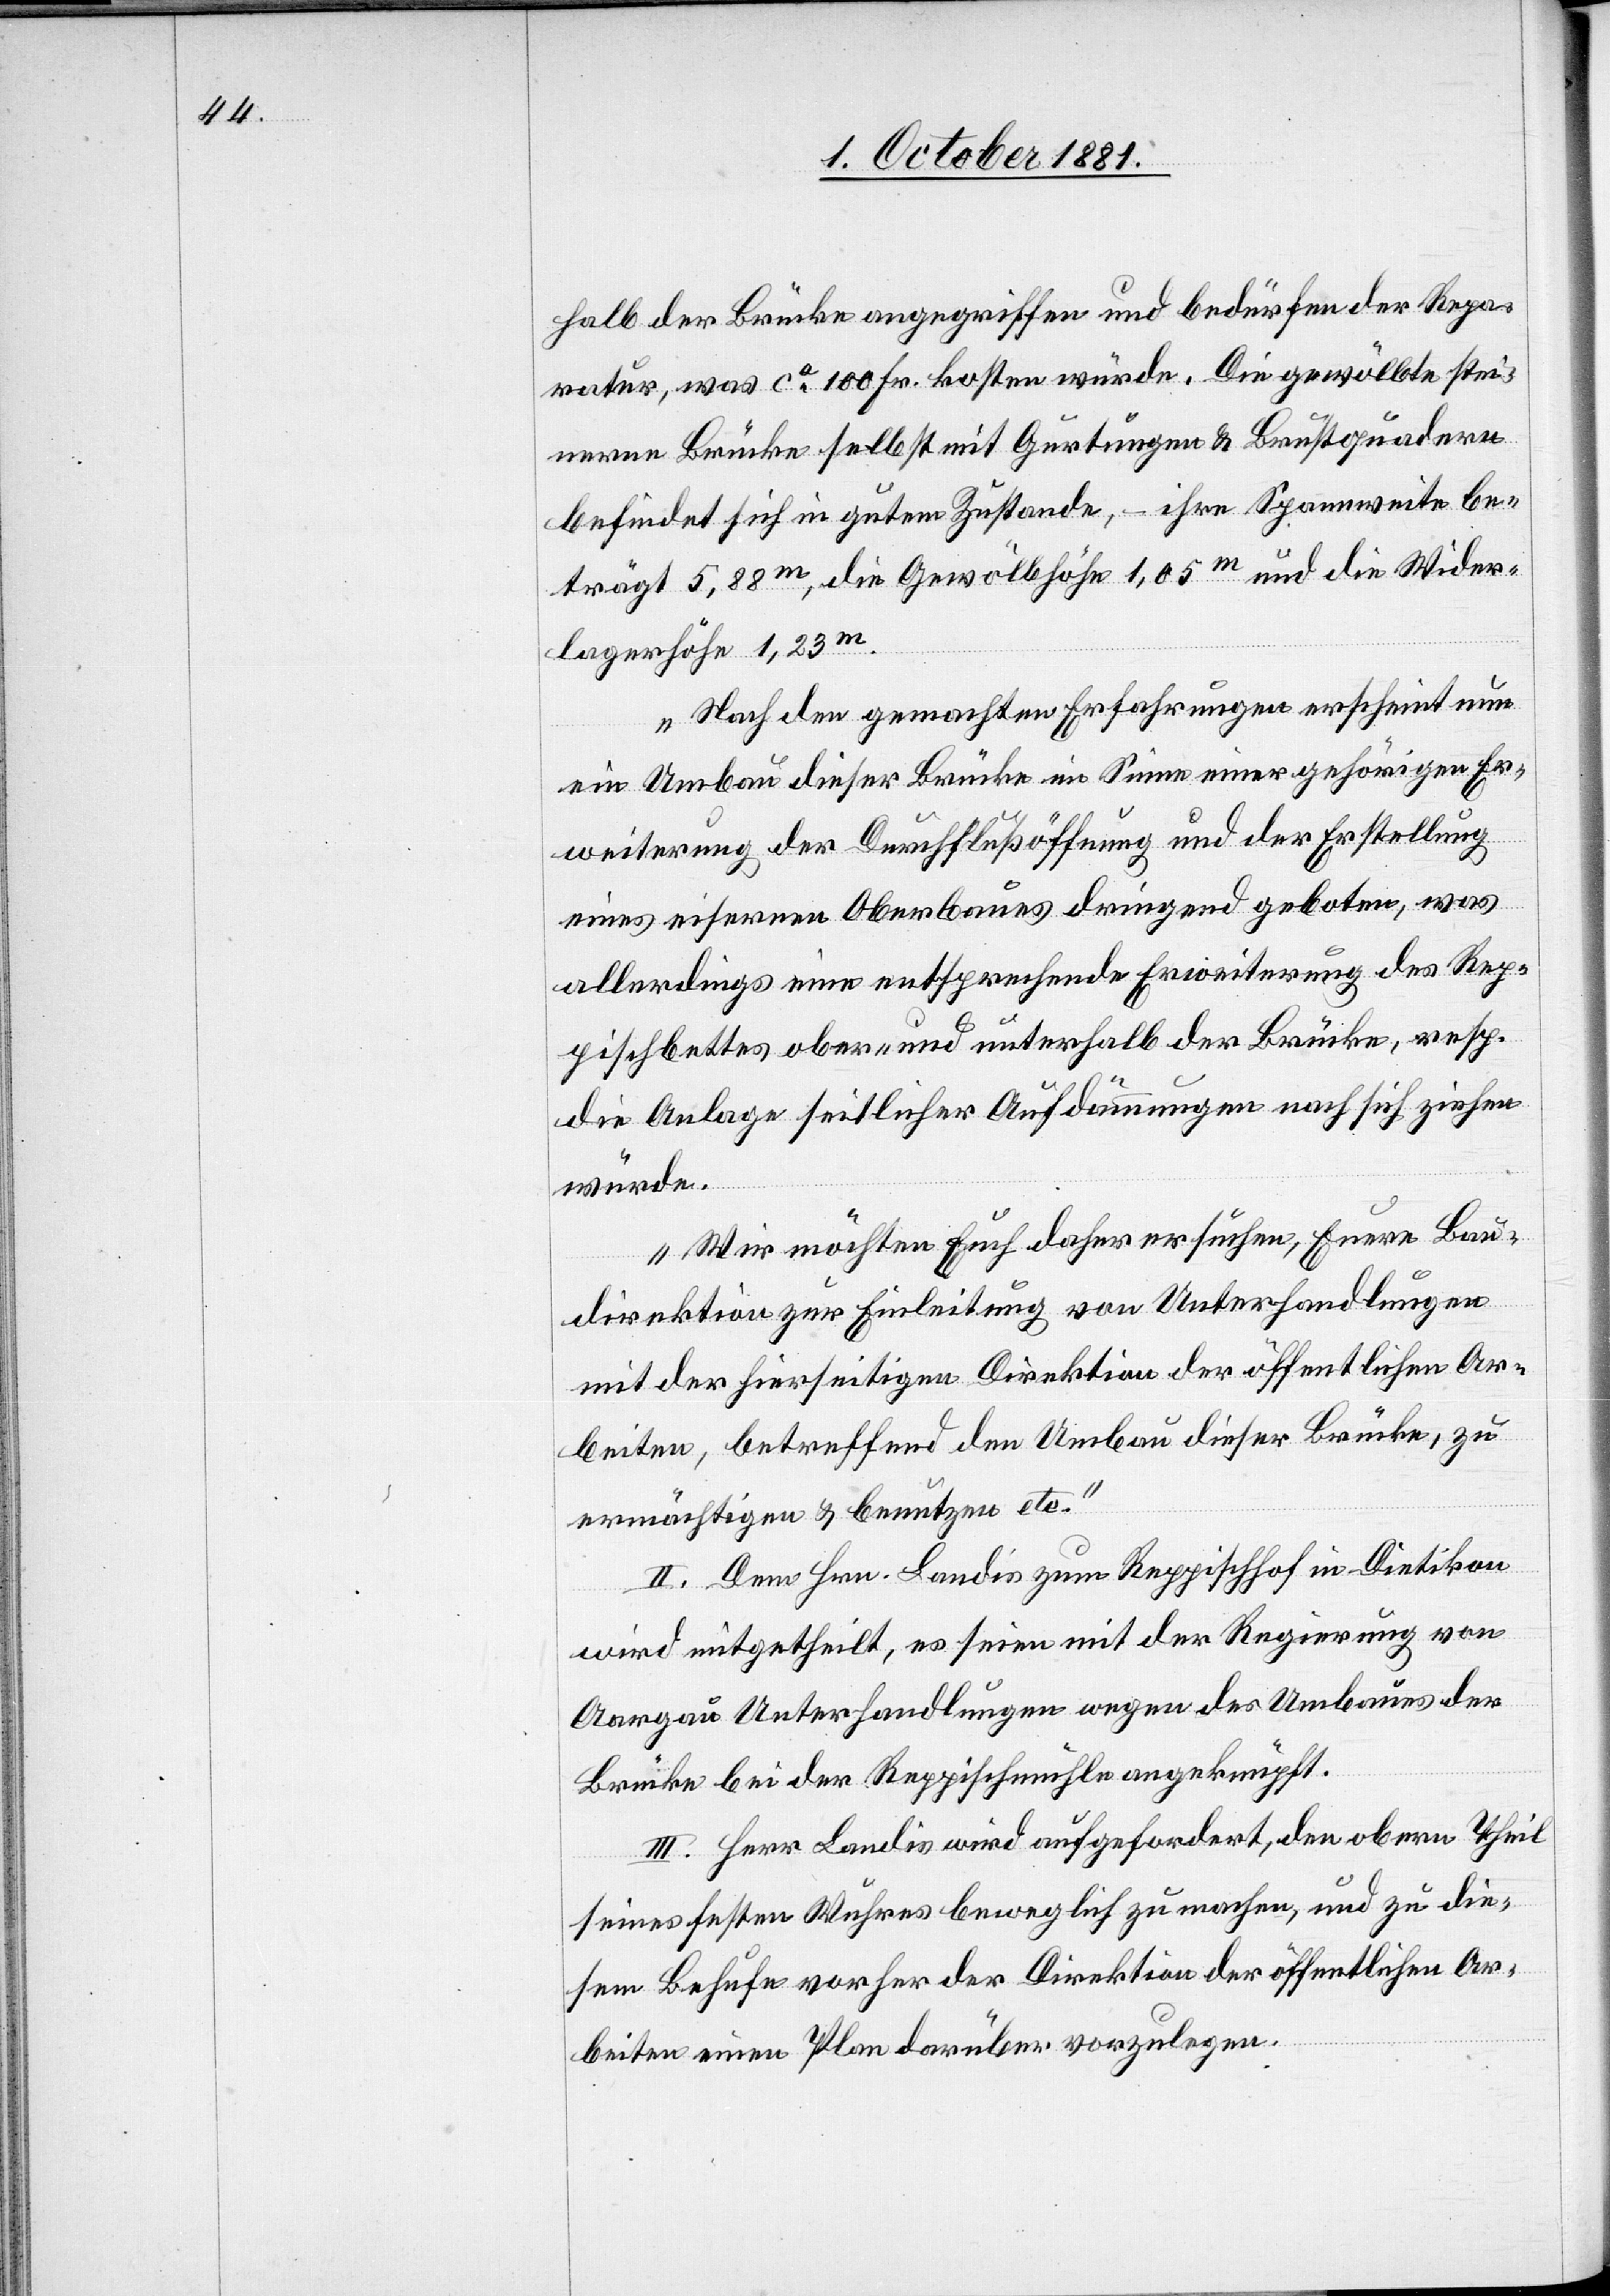
halb der Brücke angegriffen und bedürfen der Repa¬
ratur, was ca 100 Fr. kosten würde. Die gewölbte stei¬
nerne Brücke selbst mit Gurtungen & Brustquadern
befindet sich in gutem Zustande, – ihre Spannweite be¬
trägt 5,88m, die Gewölbehöhe 1,05m und die Wider¬
lagerhöhe 1,23m.
Nach den gemachten Erfahrungen erscheint nun
ein Umbau dieser Brücke im Sinne einer gehörigen Er¬
weiterung der Durchflußöffnung und der Erstellung
eines eisernen Oberbaues dringend geboten, was
allerdings eine entsprechende Erweiterung des Rep¬
pischbettes ober- und unterhalb der Brücke, resp.
die Anlage seitlicher Aufdämmungen nach sich ziehen
würde.
Wir möchten Euch daher ersuchen, Euere Bau¬
direktion zur Einleitung von Unterhandlungen
mit der hierseitigen Direktion der öffentlichen Ar¬
beiten, betreffend den Umbau dieser Brücke, zu
ermächtigen & benutzen etc.“
II. Dem Hrn. Landis zum Reppischhof in Dietikon
wird mitgetheilt, es seien mit der Regierung von
Aargau Unterhandlungen wegen des Umbaues der
Brücke bei der Reppischmühle angeknüpft.
III. Herr Landis wird aufgefordert, den obern Theil
seines festen Wuhres beweglich zu machen, und zu die¬
sem Behufe vorher der Direktion der öffentlichen Ar¬
beiten einen Plan darüber vorzulegen.